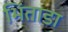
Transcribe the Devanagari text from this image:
भिंताडा